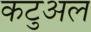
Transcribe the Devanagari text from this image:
कटुअल